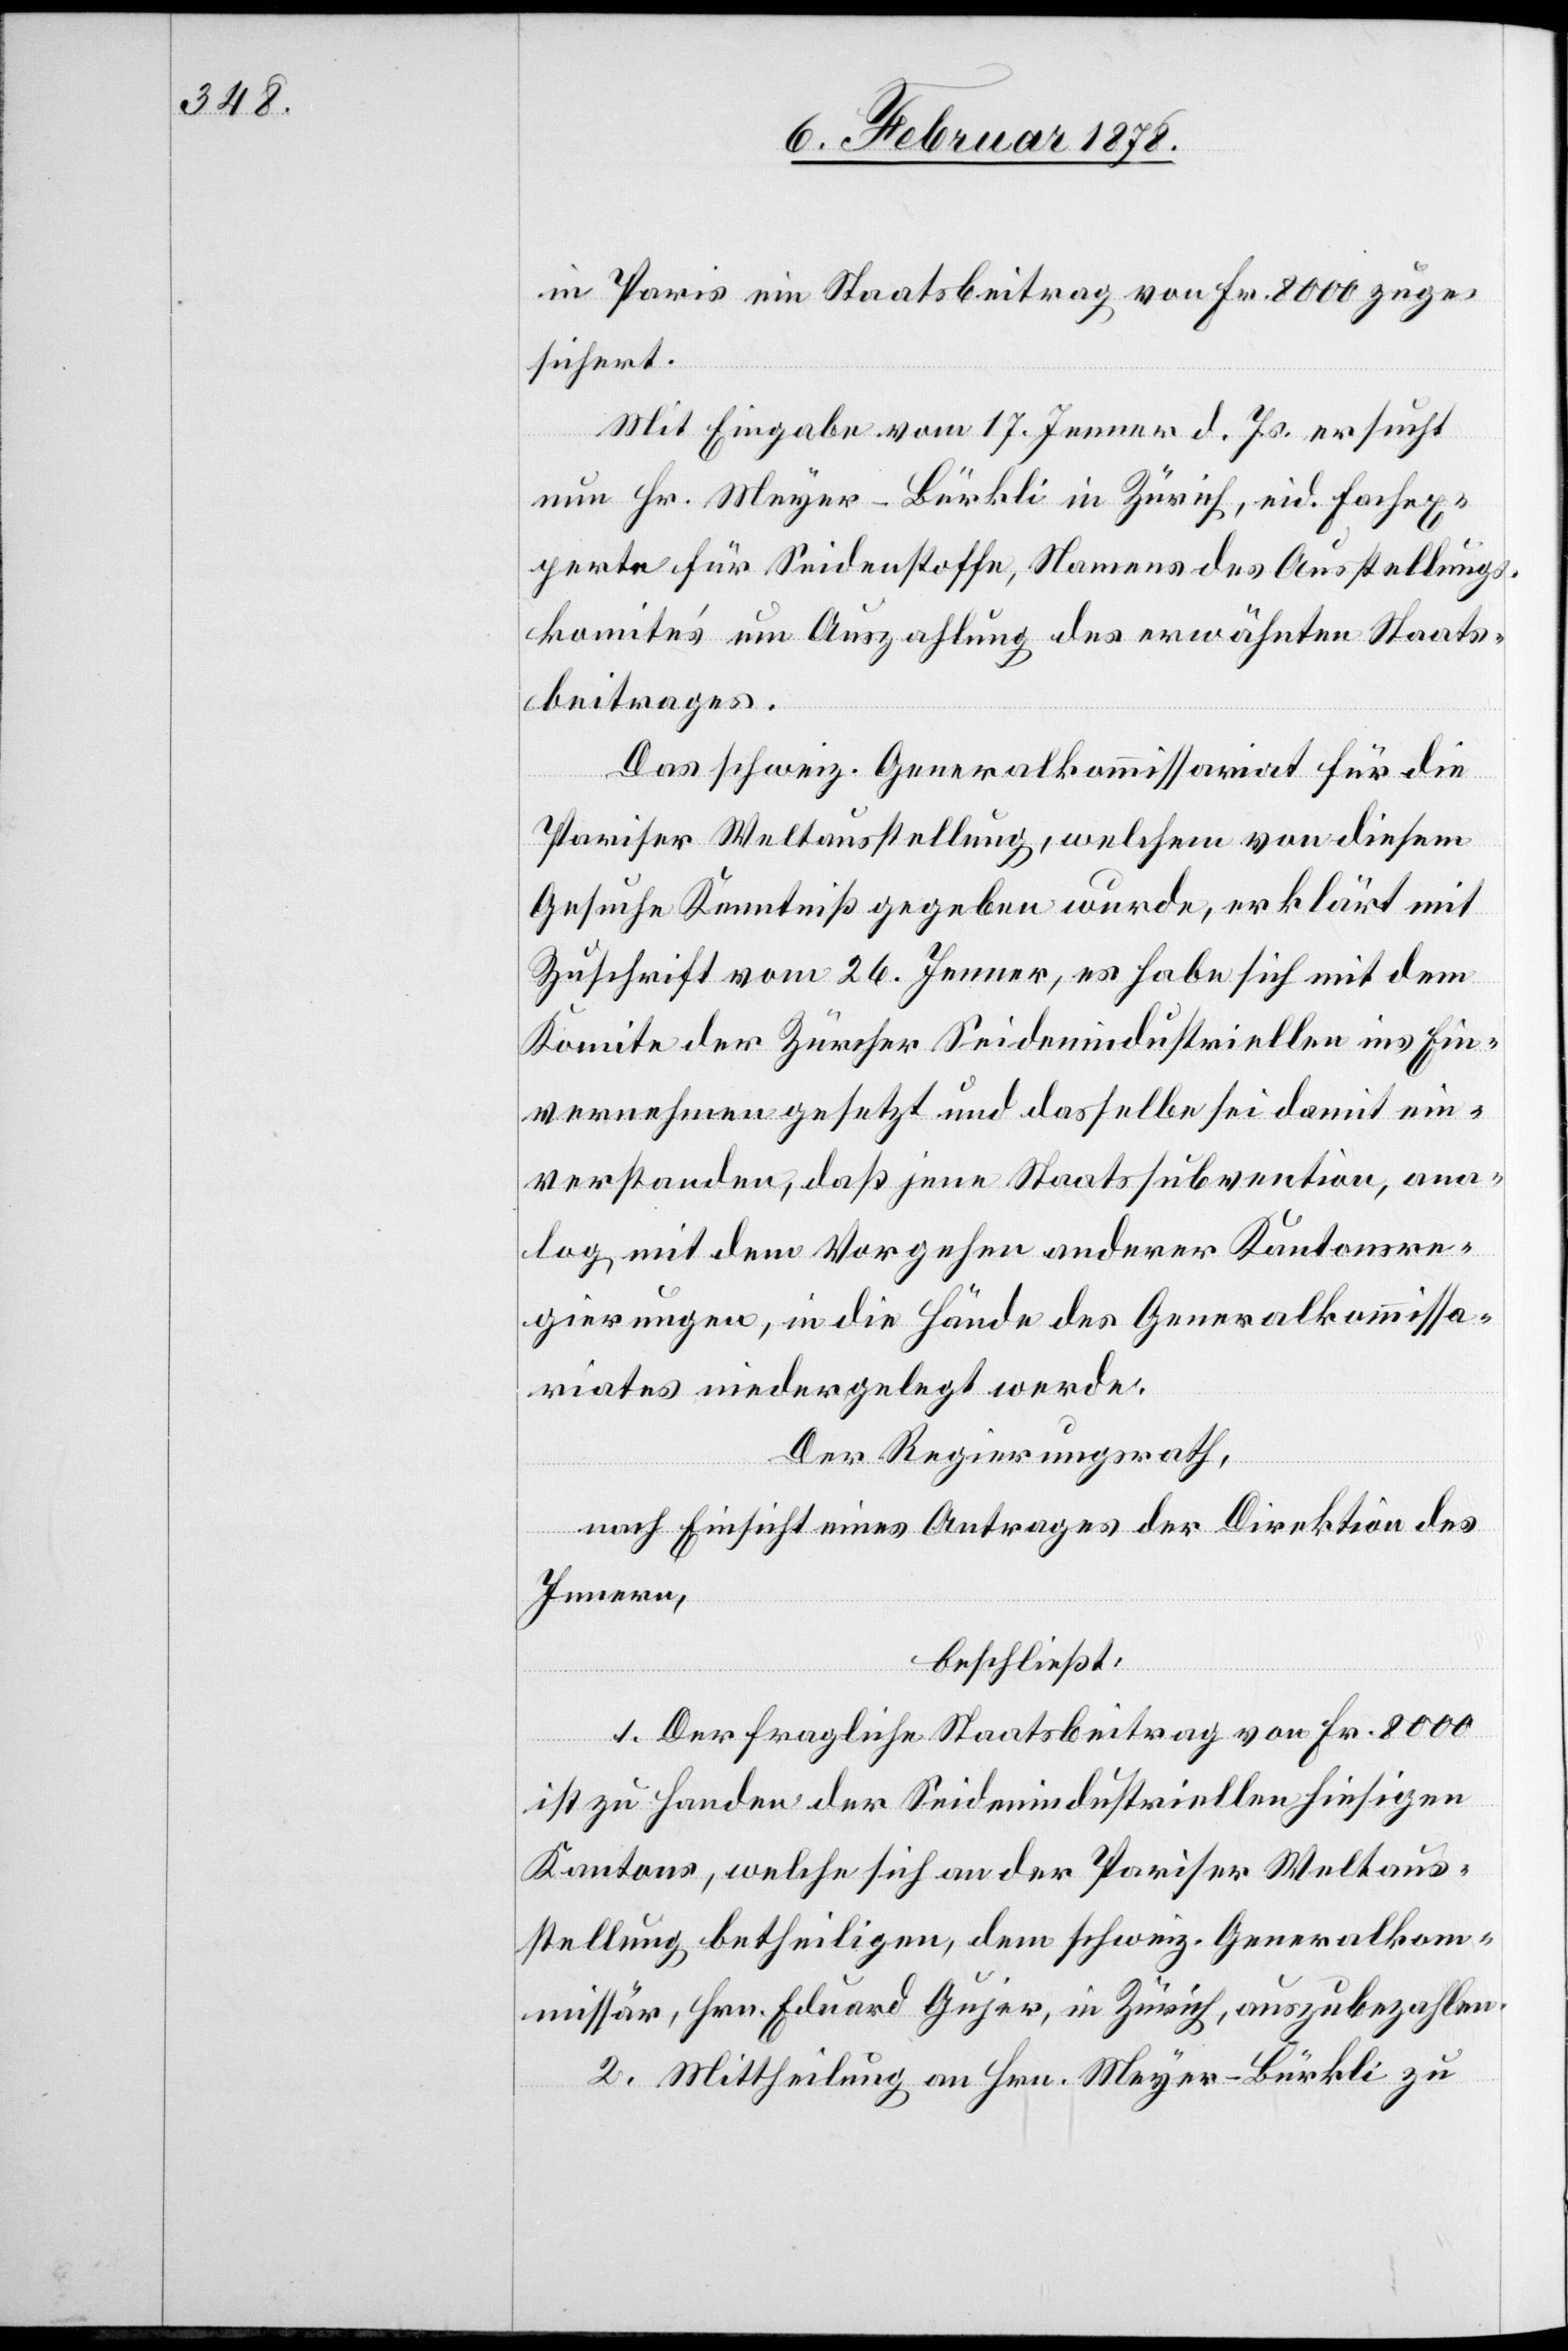
in Paris ein Staatsbeitrag von Fr. 8000 zuge¬
sichert.
Mit Eingabe vom 17. Jenner d. Js. ersucht
nun Hr. Meyer-Bürkli in Zürich, eid. Fachex¬
perte für Seidenstoffe, Namens des Ausstellungs¬
komite’s um Auszahlung des erwähnten Staats¬
beitrages.
Das schweiz. Generalkommissariat für die
Pariser Weltausstellung, welchem von diesem
Gesuche Kenntniß gegeben wurde, erklärt mit
Zuschrift vom 26. Jenner, es habe sich mit dem
Komitee der Zürcher Seidenindustriellen ins Ein¬
vernehmen gesetzt und dasselbe sei damit ein¬
verstanden, daß jene Staatssubvention, ana¬
log mit dem Vorgehen anderer Kantonsre¬
gierungen, in die Hände des Generalkommissa¬
riates niedergelegt werde.
Der Regierungsrath,
nach Einsicht eines Antrages der Direktion des
Innern,
beschließt:
1. Der fragliche Staatsbeitrag von Fr. 8000
ist zu Handen der Seidenindustriellen hiesigen
Kantons, welche sich an der Pariser Weltaus¬
stellung betheiligen, dem schweiz. Generalkom¬
missär, Hrn. Eduard Gujer, in Zürich, auszubezahlen.
2. Mittheilung an Hrn. Meyer–Bürkli zu